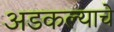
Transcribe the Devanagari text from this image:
अडकल्याचे